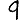
Digit: 9